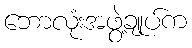
ဘောလုံးအဖွဲ့ချုပ်က